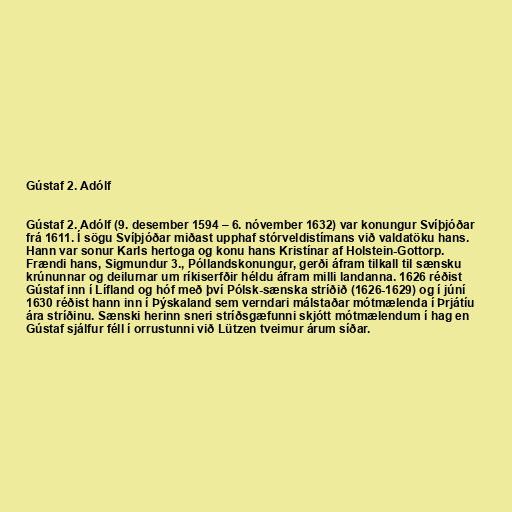
Gústaf 2. Adólf

Gústaf 2. Adólf (9. desember 1594 – 6. nóvember 1632) var konungur Svíþjóðar
frá 1611. Í sögu Svíþjóðar miðast upphaf stórveldistímans við valdatöku hans.
Hann var sonur Karls hertoga og konu hans Kristínar af Holstein-Gottorp.
Frændi hans, Sigmundur 3., Póllandskonungur, gerði áfram tilkall til sænsku
krúnunnar og deilurnar um ríkiserfðir héldu áfram milli landanna. 1626 réðist
Gústaf inn í Lífland og hóf með því Pólsk-sænska stríðið (1626-1629) og í júní
1630 réðist hann inn í Þýskaland sem verndari málstaðar mótmælenda í Þrjátíu
ára stríðinu. Sænski herinn sneri stríðsgæfunni skjótt mótmælendum í hag en
Gústaf sjálfur féll í orrustunni við Lützen tveimur árum síðar.